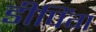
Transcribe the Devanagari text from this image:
डीपिंग